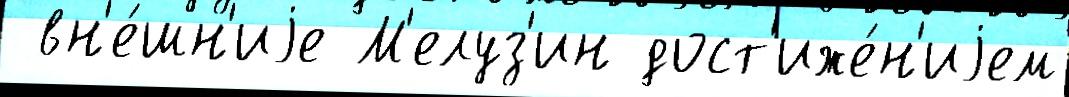
 вн'е́шн'иjе М'елуз'ин дост'иже́н'иjем